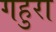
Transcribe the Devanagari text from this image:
गहुरा